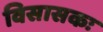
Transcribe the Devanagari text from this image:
विसासकः